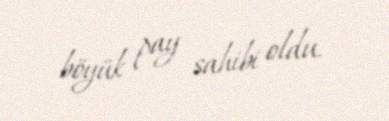
böyük pay sahibi oldu.